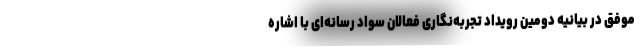
موفق در بیانیه دومین رویداد تجربه‌نگاری فعالان سواد رسانه‌ای با اشاره